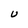
Character: U